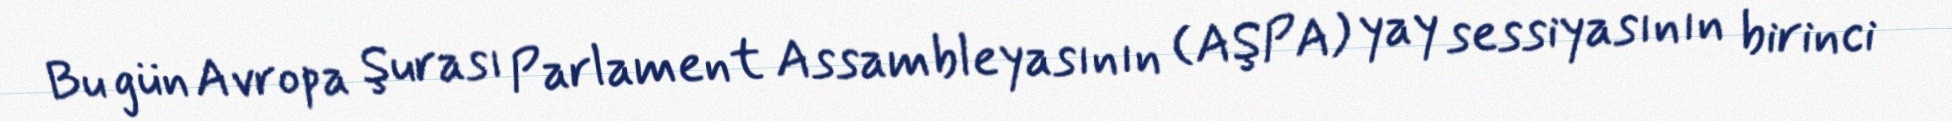
Bu gün Avropa Şurası Parlament Assambleyasının (AŞPA) yay sessiyasının birinci